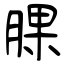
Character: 腂